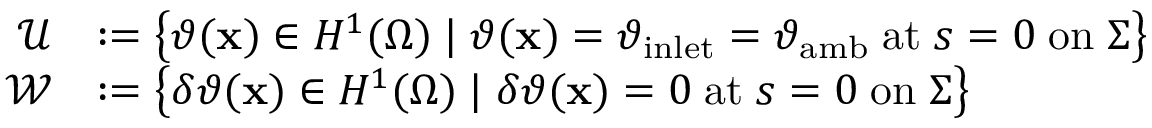
\begin{array} { r l } { \mathcal { U } } & { : = \left\{ \vartheta ( \mathbf { x } ) \in H ^ { 1 } ( \Omega ) \; \vert \; \vartheta ( \mathbf { x } ) = \vartheta _ { \mathrm { i n l e t } } = \vartheta _ { \mathrm { a m b } } \; \mathrm { a t } \; s = 0 \; \mathrm { o n } \; \Sigma \right\} } \\ { \mathcal { W } } & { : = \left\{ \delta \vartheta ( \mathbf { x } ) \in H ^ { 1 } ( \Omega ) \; \vert \; \delta \vartheta ( \mathbf { x } ) = 0 \; \mathrm { a t } \; s = 0 \; \mathrm { o n } \; \Sigma \right\} } \end{array}